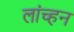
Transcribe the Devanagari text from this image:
लांच्हन